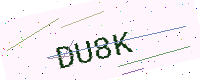
Text: DU8K